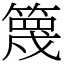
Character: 篾